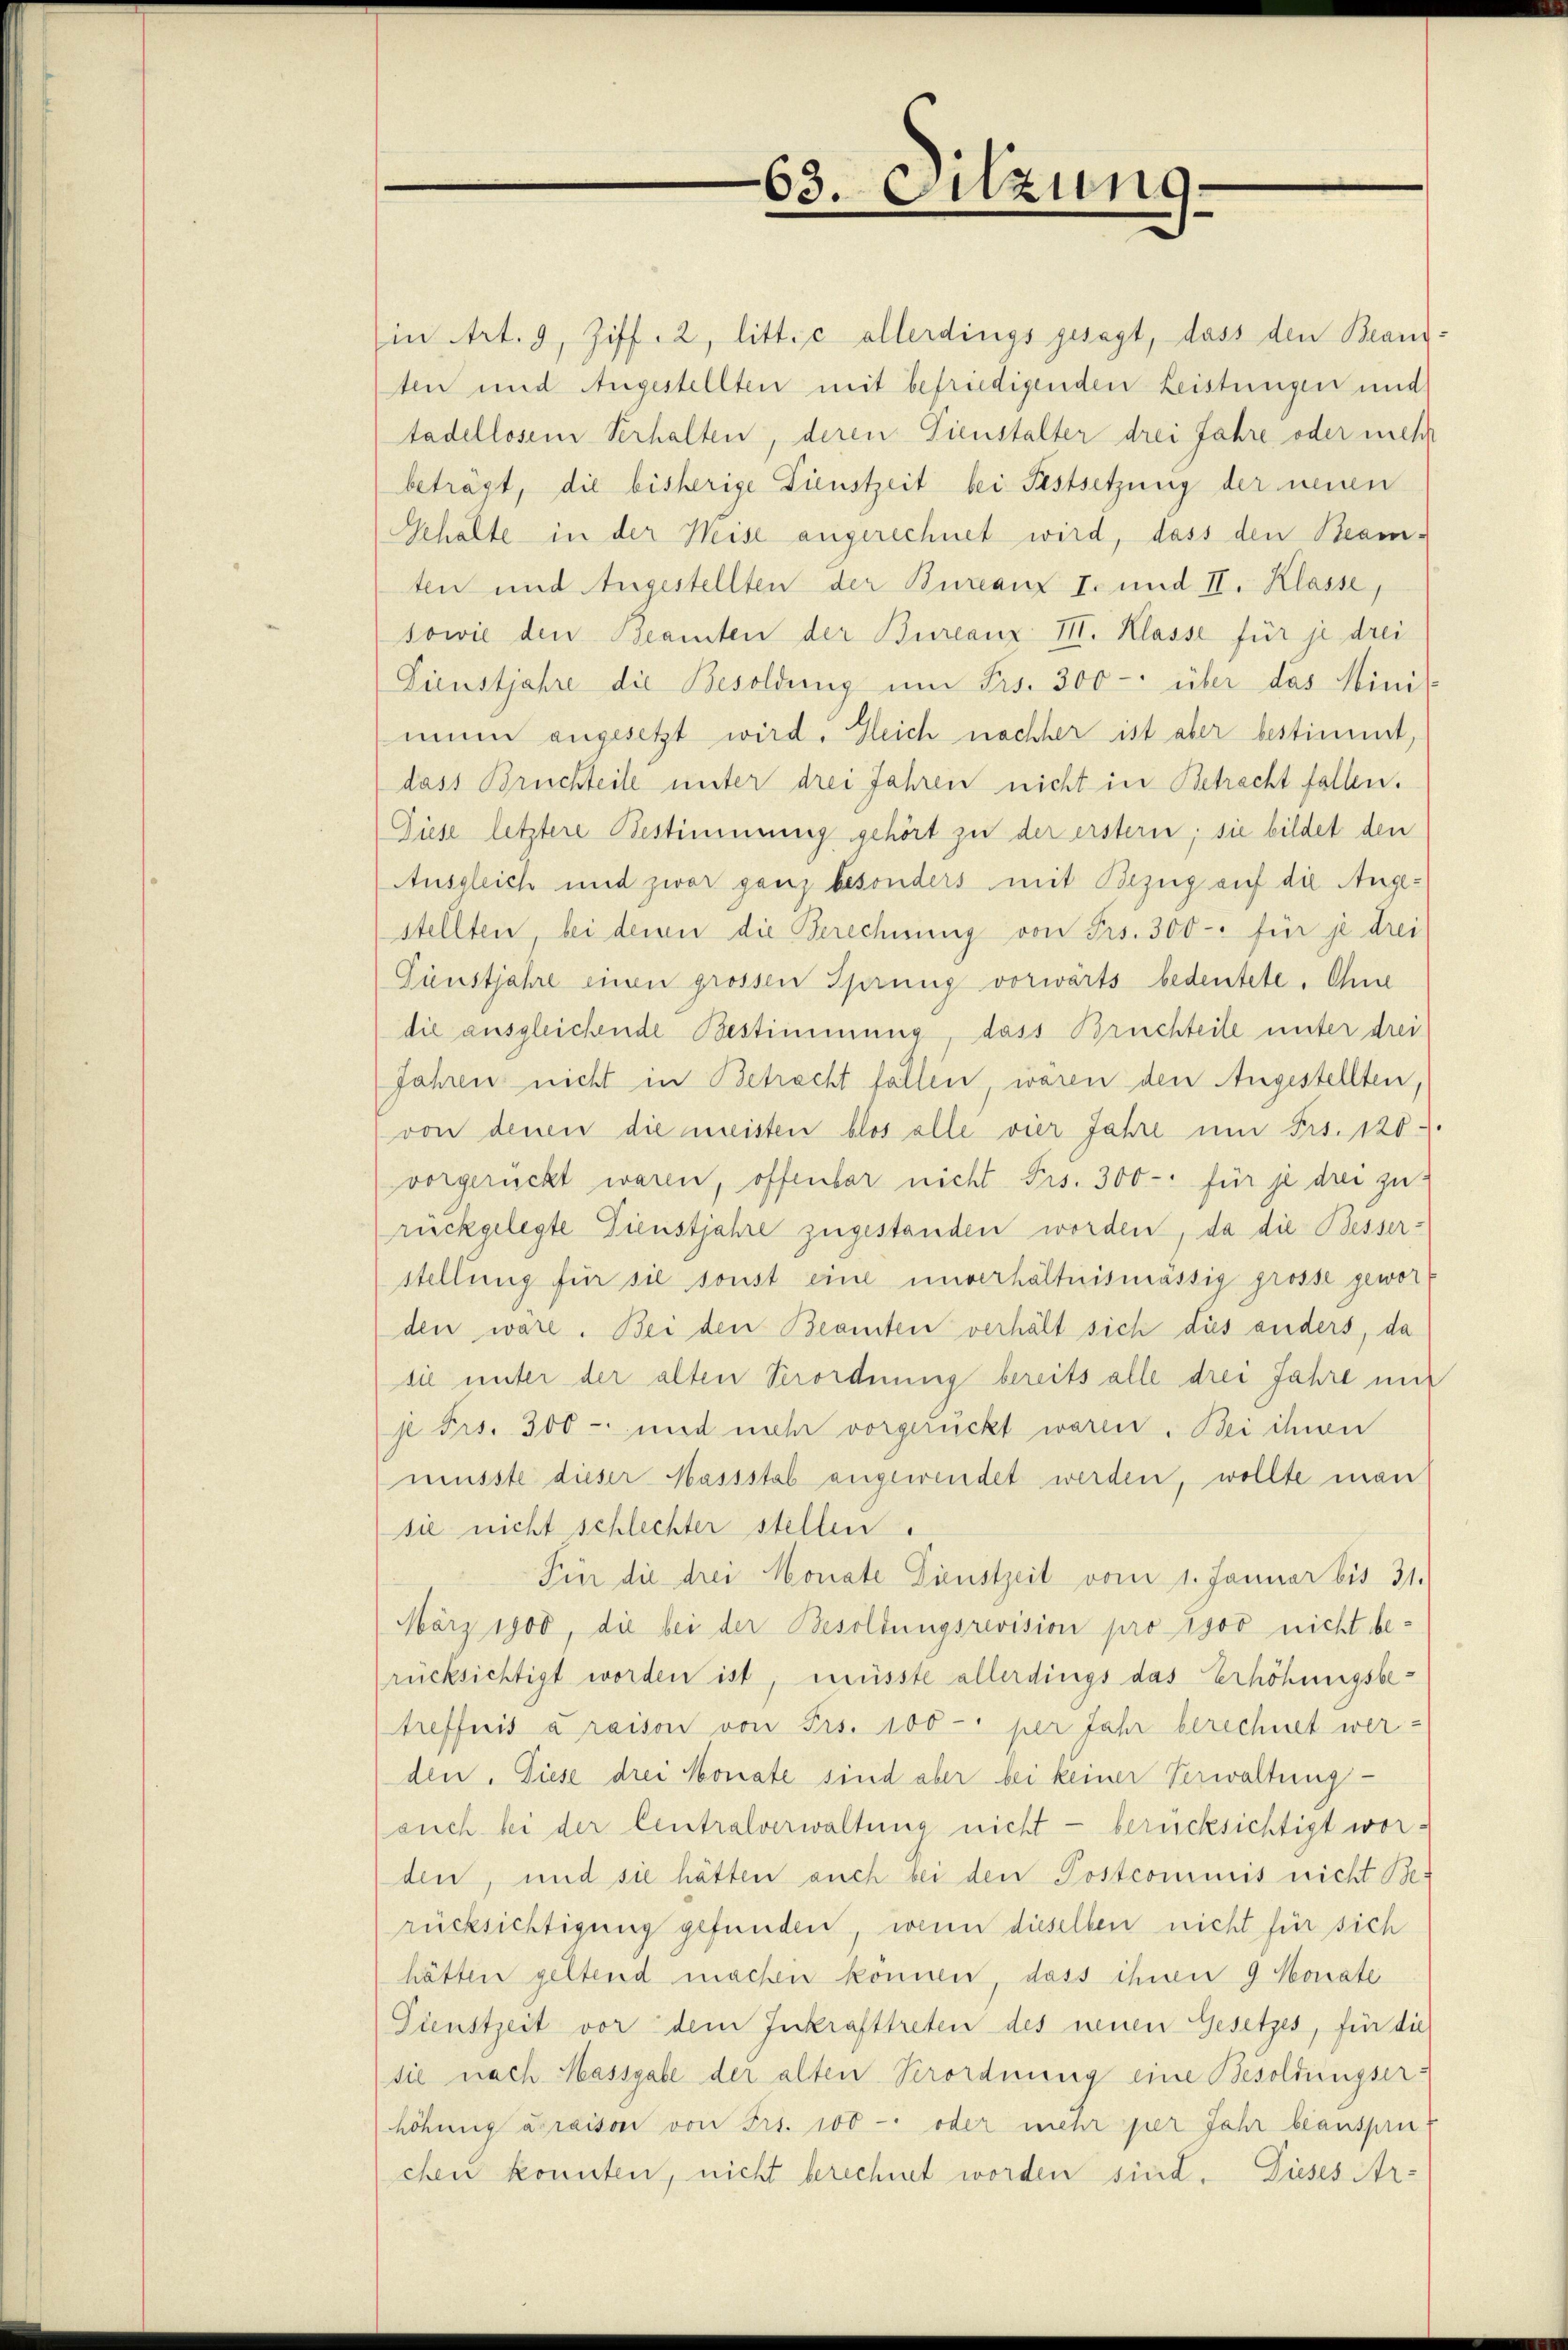
63. Sitzung

(in Art. 9, Ziff. 2, litt. c allerdings gesagt, dass den Beantten und Angestellten mit befriedigenden Leistungen und
tadellosem Verhalten, deren Tienstalter drei Jahre oder mehr
beträgt, die bisherige Dienstzeit bei Festsetzung der neuen
Gehalte in der Weise angerechnet wird, dass den Beam-
ten und Angestellten der Bureauz I. und II. Klasse,
sowie den Beamten der Bureauz III. Klasse für je drei
Dienstjahre die Besoldung um Frs. 300 - über das Minis-
mum angesetzt wird. Gleich nachher ist aber bestimmt,
dass Bruchteile unter drei Jahren nicht in Betracht fallen.
Diese letztere Bestimmung gehört zu der erstern; sie bildet den
Ausgleich und zwar ganz besonders mit Bezug auf die Angestellten, bei denen die Berechnung von Frs. 300 für je drei
Pünstjahre einen grossen Sprung vorwärts bedeutete. Ohne
die ausgleichende Bestimmung, dass Bruchteile unter drei
Jahren nicht in Betracht fallen wären den Angestellten,
von denen die meisten blos alle vier Jahre um Frs. 120
vorgerückt waren, offenbar nicht Frs. 300-: für je drei zu
rückgelegte Dienstjahre zugestanden worden, da die Besser-
stellung für sie sonst eine unverhältnismässig grosse gewor
den wäre. Bei den Beamten verhält sich dies anders, da
sie unter der alten Verordnung bereits alle drei Jahre mit
je Frs. 300 - und mehr vorgerückt waren. Bei ihren
müsste dieser Massstab angewendet werden, wollte man
sie nicht schlechter stellen.
Für die drei Monate Dienstzeit vom 1. Januar bis 31.
März 1900 die bei der Besoldungsrevision pro 1900 nicht berücksichtigt worden ist, müsste allerdings das Erhöhungsbetreffnis à raison von Frs. 100 per Jahr berechnet werden. Diese drei Monate sind aber bei keiner Verwaltung
auch bei der Centralverwaltung nicht - berücksichtigt wor-
den, und sie hätten auch bei den Postcommis nicht Be-
rücksichtigung gefunden, wenn dieselben nicht für sich
hätten geltend machen können, dass ihnen 9 Monate
Dienstzeit vor dem Inkrafttreten des neuen Gesetzes, für die
sie nach Massgabe der alten Verordnung eine Besoldungserhöhung abraison von Frs. 100 - oder mehr per Jahr beanspru
chen konnten, nicht berechnet worden sind. Dieses Ar-